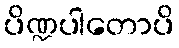
ပိဏ္ဍပါတောပိ